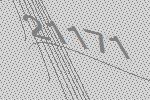
21171